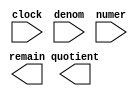
module alt_lpm_divider (
	clock,
	denom,
	numer,
	quotient,
	remain);

	input	  clock;
	input	[55:0]  denom;
	input	[63:0]  numer;
	output	[63:0]  quotient;
	output	[55:0]  remain;

endmodule